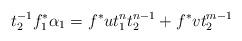
LaTeX: \begin{align*}t_{2}^{-1}f_{1}^{*}\alpha_{1}&=f^{*}ut_{1}^{n}t_{2}^{n-1}+f^{*}vt_{2}^{m-1} \end{align*}